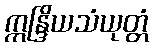
ဣန္ဒြိယသံယုတ္တံ